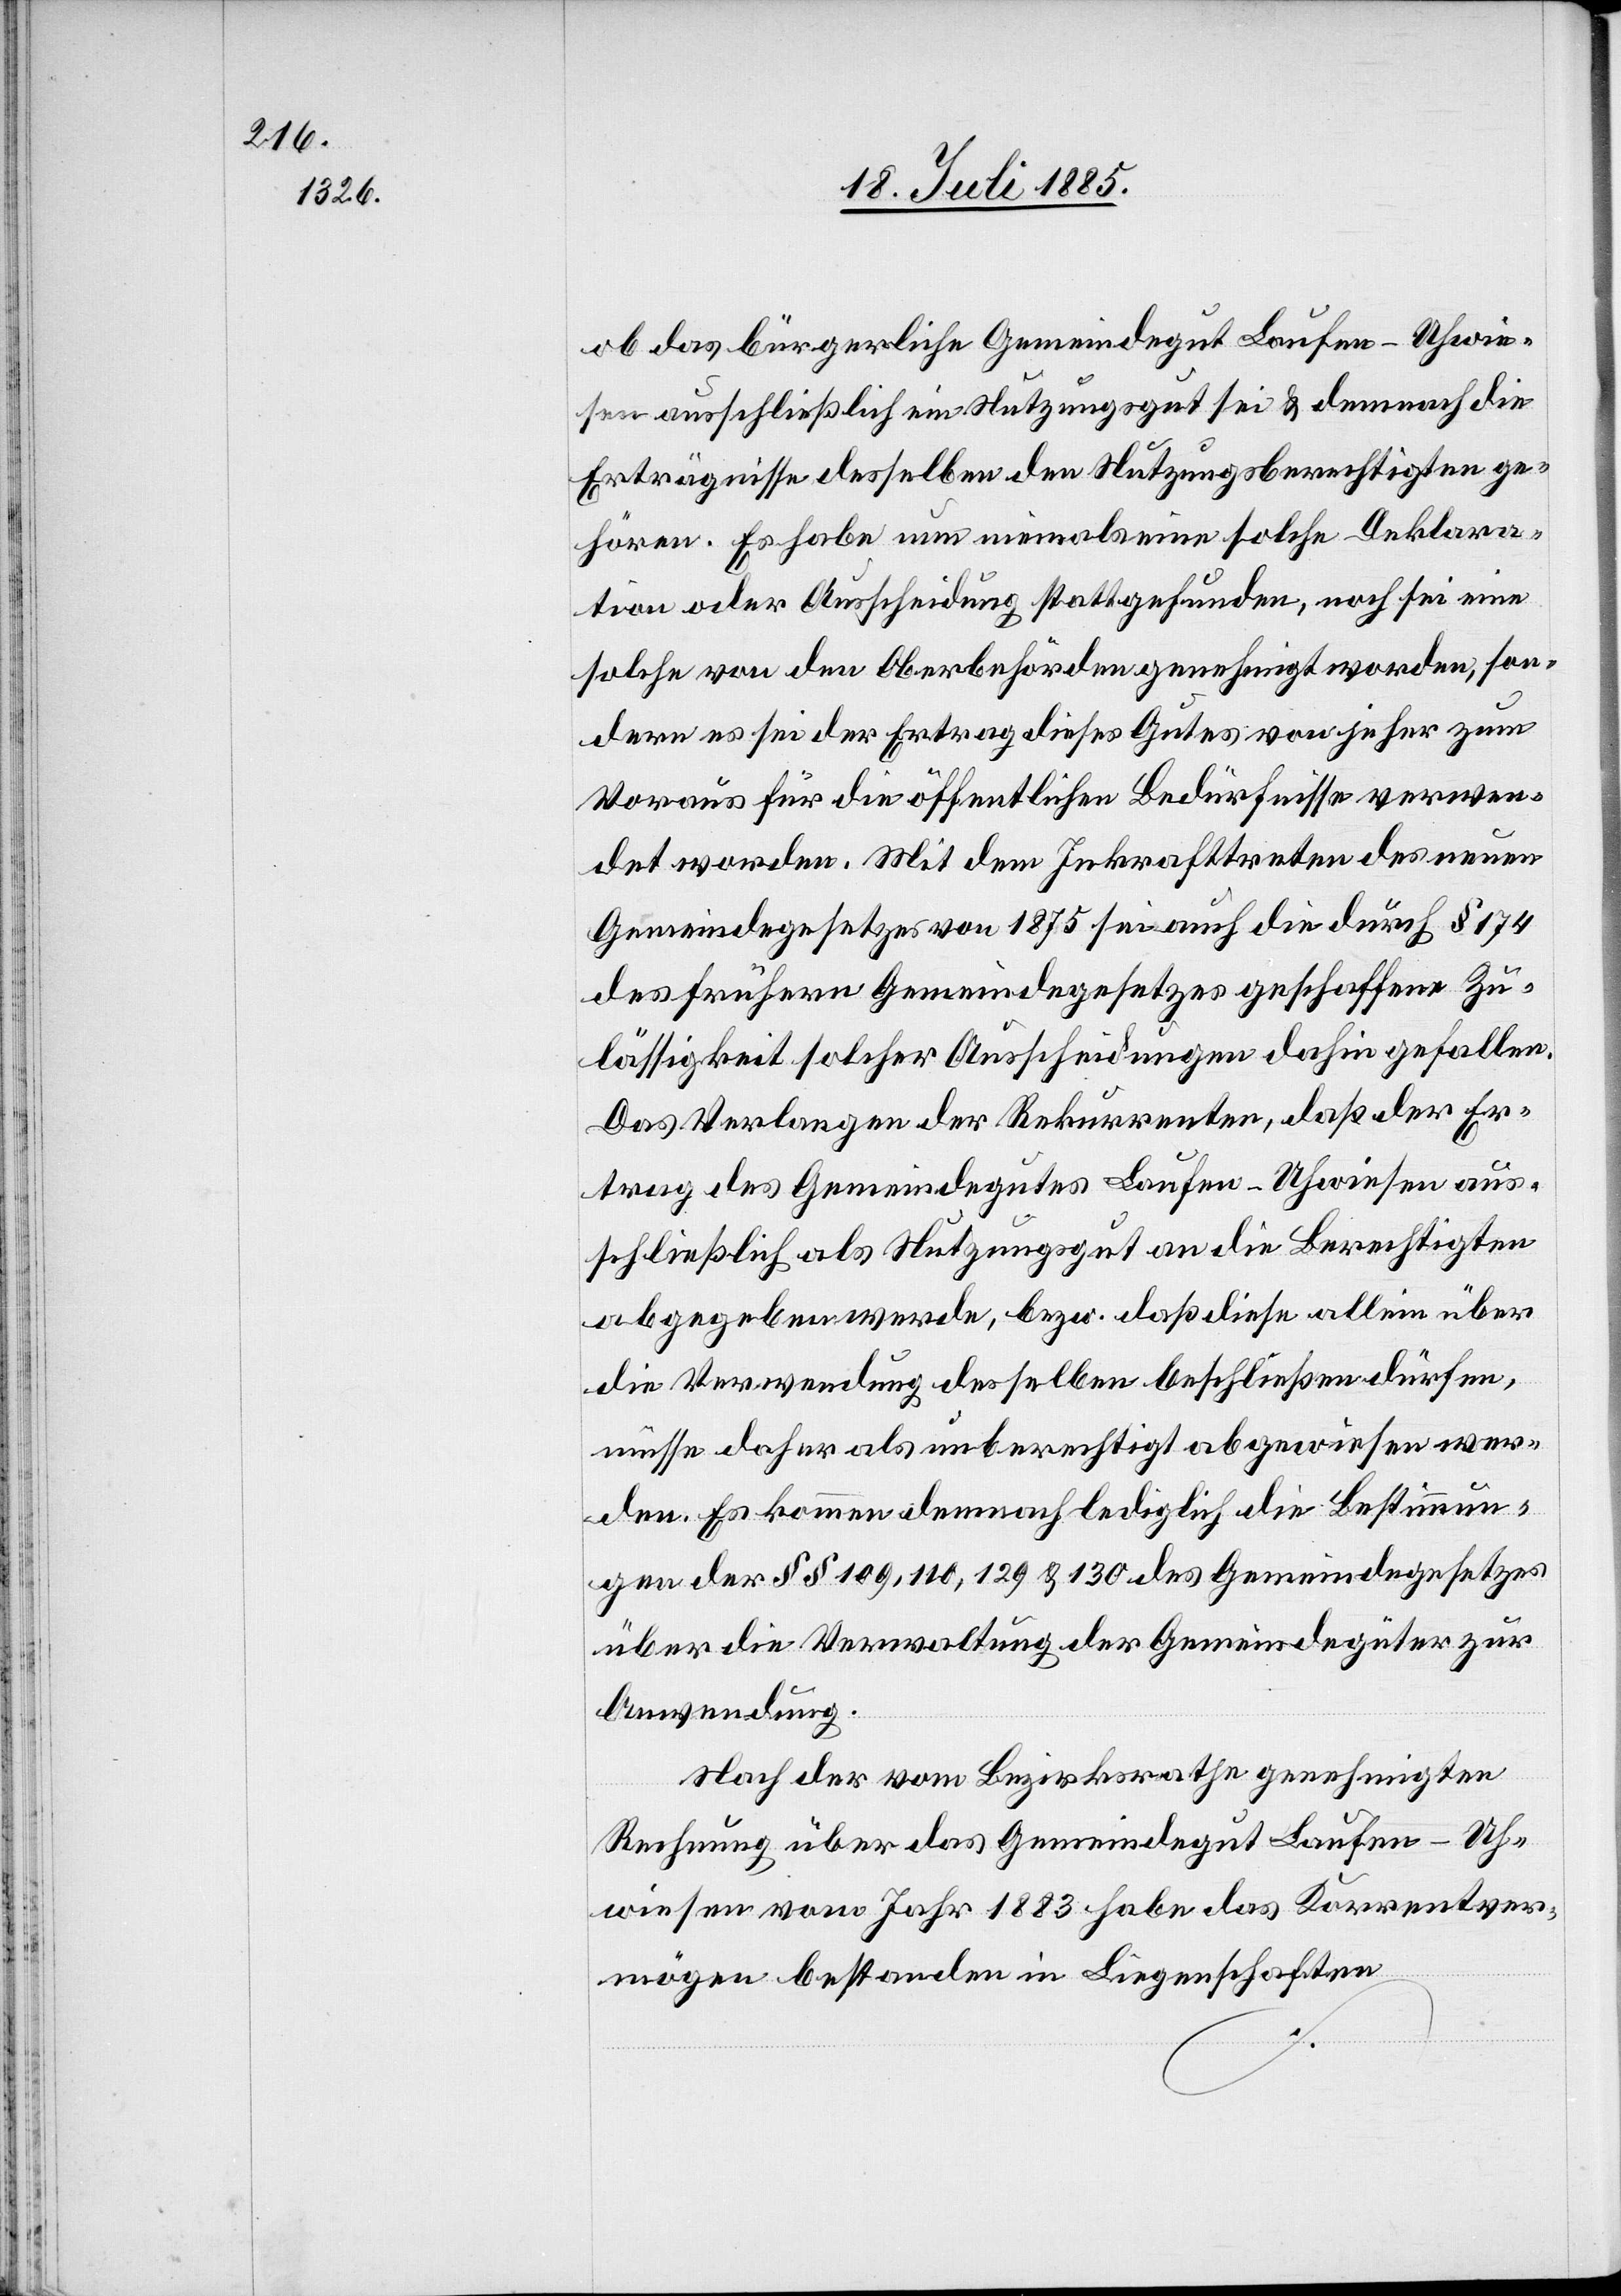
ob das bürgerliche Gemeindegut Laufen-Uhwie¬
sen ausschließlich ein Nutzungsgut sei & demnach die
Erträgnisse desselben den Nutzungsberechtigten ge¬
hören. Es habe nun niemals eine solche Deklara¬
tion oder Ausscheidung stattgefunden, noch sei eine
solche von den Oberbehörden genehmigt worden, son¬
dern es sei der Ertrag dieses Gutes von jeher zum
Voraus für die öffentlichen Bedürfnisse verwen¬
det worden. Mit dem Inkrafttreten des neuen
Gemeindegesetzes von 1875 sei auch die durch § 174
des frühern Gemeindegesetzes geschaffene Zu¬
lässigkeit solcher Ausscheidungen dahin gefallen.
Das Verlangen der Rekurrenten, daß der Er¬
trag des Gemeindegutes Laufen-Uhwiesen aus¬
schließlich als Nutzungsgut an die Berechtigten
abgegeben werde, bezw. daß diese allein über
die Verwendung desselben beschließen dürfen,
müsse daher als unberechtigt abgewiesen wer¬
den. Es kommen demnach lediglich die Bestimmun¬
gen der §§ 109, 110, 129 & 130 des Gemeindegesetzes
über die Verwaltung der Gemeindegüter zur
Anwendung.
Nach der vom Bezirksrathe genehmigten
Rechnung über das Gemeindegut Laufen-Uh¬
wiesen vom Jahr 1883 habe das Korrentver¬
mögen bestanden in Liegenschaften